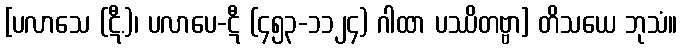
[ပလာသေ (ဋီ.)၊ ပလာပေ-ဋီ (၄၅၃-၁၁၂၄) ဂါထာ ပဿိတဗ္ဗာ] တိသယေ ဘုသံ။